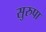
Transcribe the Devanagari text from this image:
सुरुपा